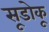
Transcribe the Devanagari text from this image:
सूडोकू